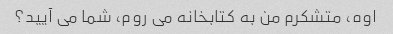
اوه، متشکرم من به کتابخانه می روم، شما می آیید؟